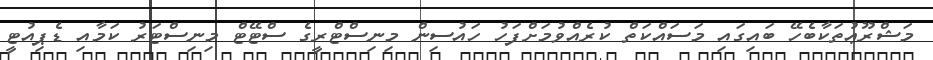
މަޝްރޫޢުތަކާބެހޭ ބައިގައި މަސައްކަތް ކުރެއްވުމަށްފަހު ހައުސިން މިނިސްޓްރީގެ ސްޓޭޓް މިނިސްޓަރު ކަމާއި ޑެޕިއުޓީ